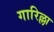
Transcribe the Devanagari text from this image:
गारिल्ला